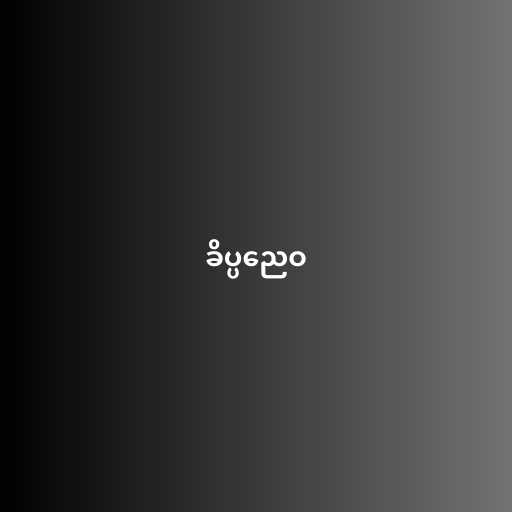
ခိပ္ပညေဝ